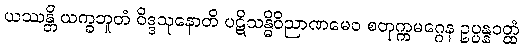
ယဿန္တိ ယက္ခဘူတံ ဝိဒ္ဒသုနောတိ ပဋိသန္ဓိဝိညာဏမေဝ စတုက္ကမဂ္ဂေန ဥပ္ပန္နဝတ္ထံ